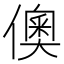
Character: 𬿪